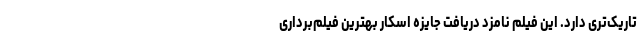
تاریک‌تری دارد. این فیلم نامزد دریافت جایزهٔ اسکار بهترین فیلم‌برداری